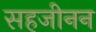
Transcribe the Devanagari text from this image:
सहजीनन